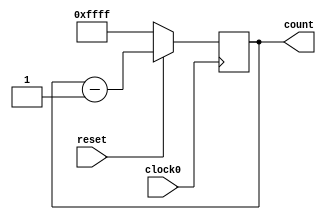
// This program was cloned from: https://github.com/tangxifan/micro_benchmark
// License: MIT License

/////////////////////////////////////////
//  Functionality: 16 bit down counter 
////////////////////////////////////////

module counterdown16_1clk_negedge_sync_resetn(clock0, reset, count);

	input clock0, reset;
	output [15:0] count;
	reg [15:0] count;
                                    

	always @ (negedge clock0) begin
		if (reset == 1'b0) begin
      	  count <= 16'hffff;
		end 
		else begin
			count <= count - 1;
		end
	end

endmodule